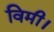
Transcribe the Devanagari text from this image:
विमी।